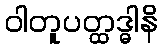
ဝါတူပတ္ထဒ္ဓါနိ